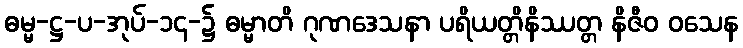
ဓမ္မ-ဋ္ဌ-ပ-အုပ်-၁၄-၌ ဓမ္မာတိ ဂုဏဒေသနာ ပရိယတ္တိနိဿတ္တ နိဇီဝ ဝသေန